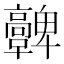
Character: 𩫪